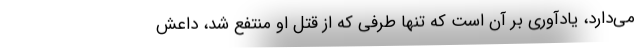
می‌دارد، یادآوری بر آن است که تنها طرفی که از قتل او منتفع شد، داعش